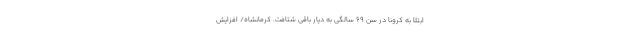
ابتلا به کرونا در سن ۶۹ سالگی به دیار باقی شتافت. کرمانشاه/ افزایش